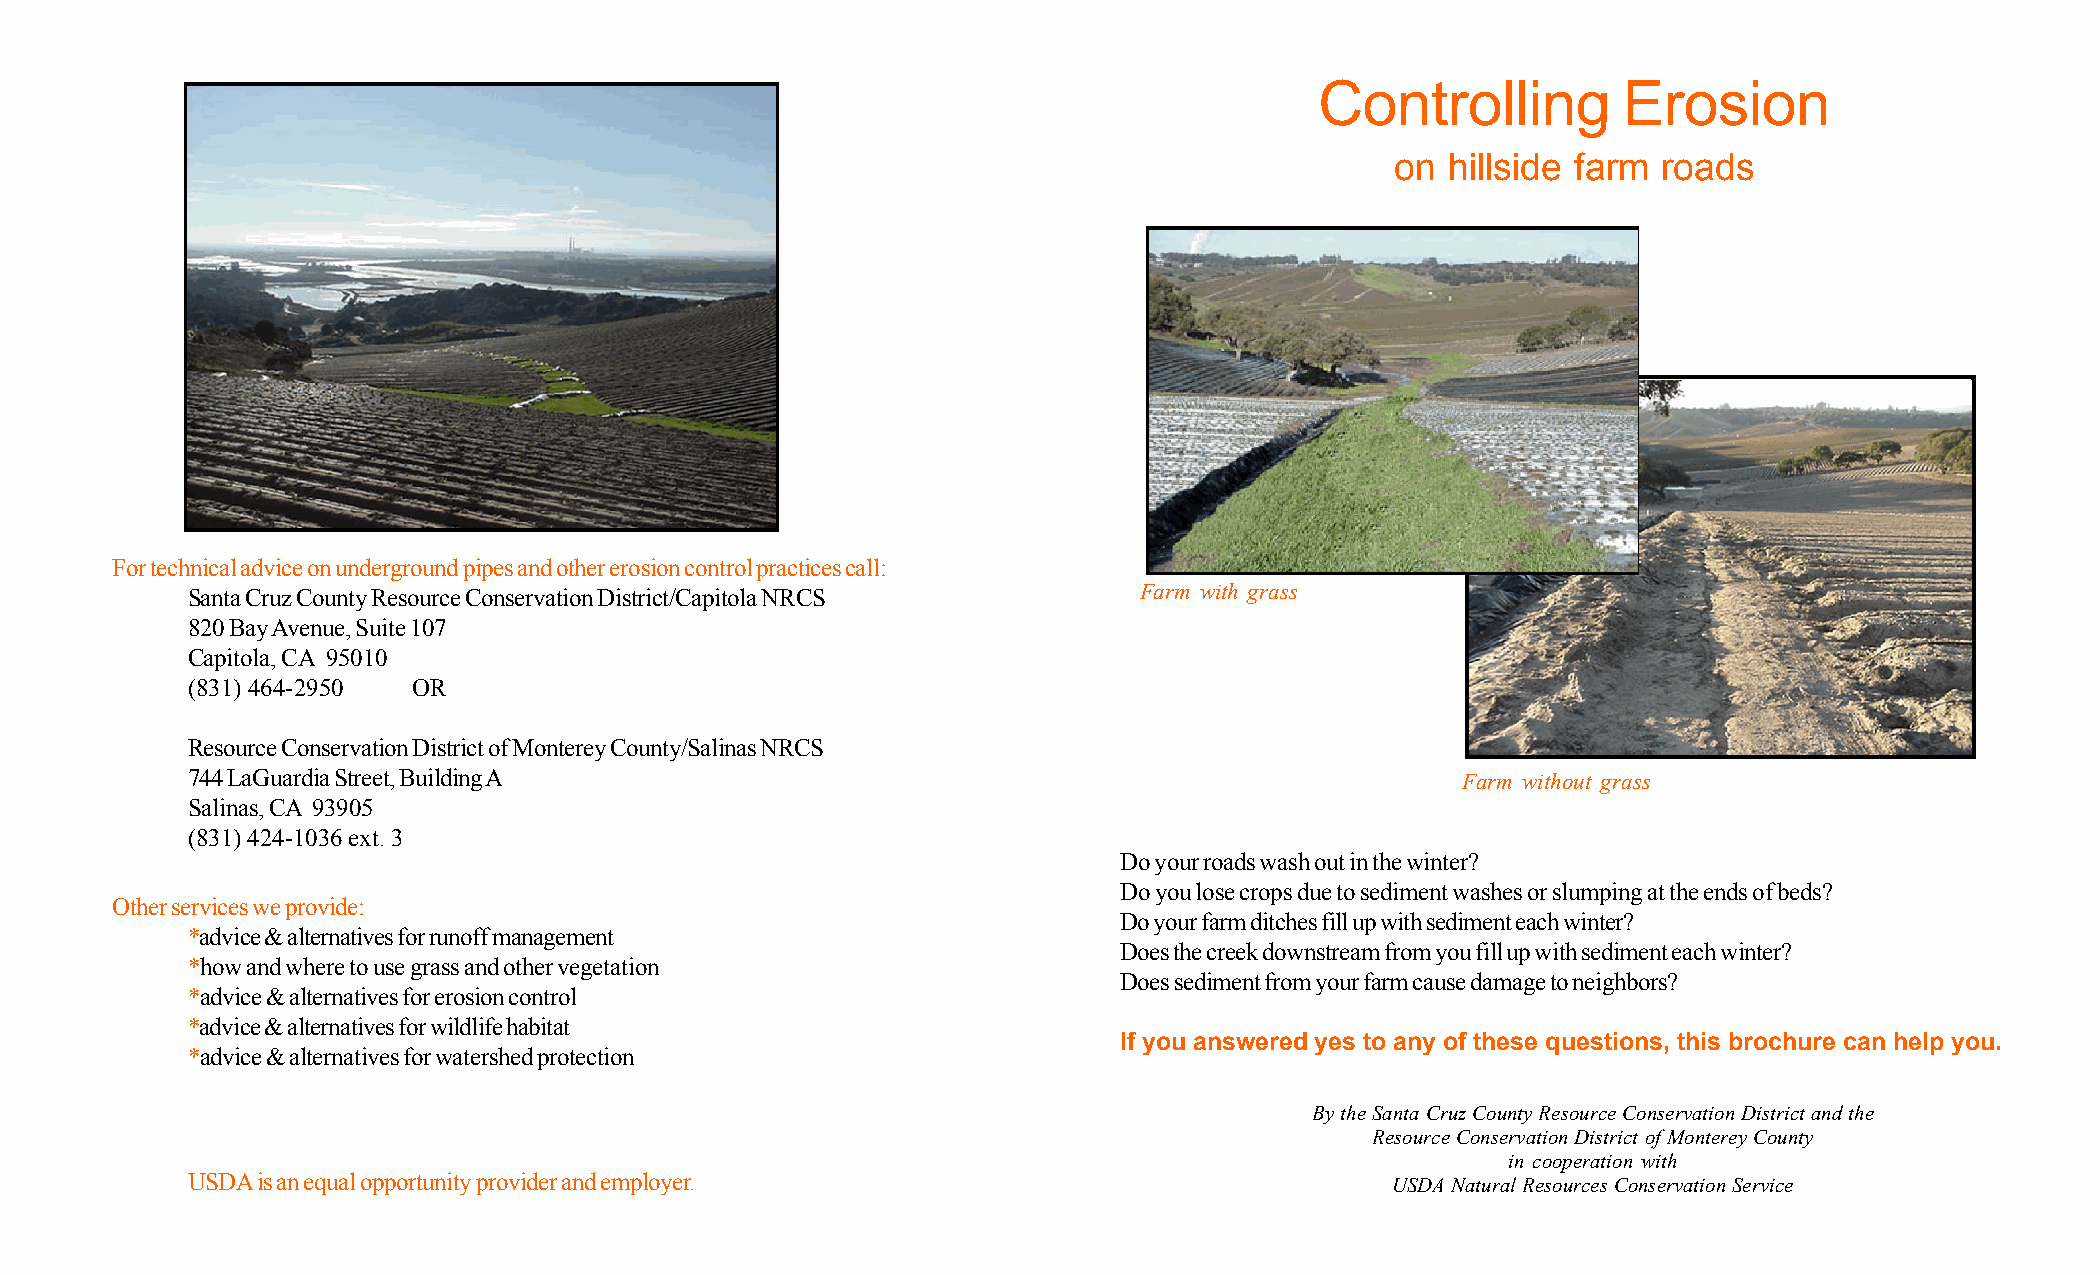
Controlling         Erosion
 on  hillside farm roads
 For technical advice on underground pipes and other erosion control practices call:
 Santa Cruz County Resource Conservation District/Capitola NRCS Farm with grass
 820 Bay Avenue, Suite 107
 Capitola, CA 95010
 (831) 464-2950 OR
 Resource Conservation District of Monterey County/Salinas NRCS
 744 LaGuardia Street, Building A                                                     Farm without grass
 Salinas, CA 93905
 (831) 424-1036 ext. 3
 Do your roads wash out in the winter?
 Do you lose crops due to sediment washes or slumping at the ends of beds?
 Other services we provide:
 Do your farm ditches fill up with sediment each winter?
 *advice & alternatives for runoff management
 Does the creek downstream from you fill up with sediment each winter?
 *how and where to use grass and other vegetation
 Does sediment from your farm cause damage to neighbors?
 *advice & alternatives for erosion control
 *advice & alternatives for wildlife habitat
 If you answered yes to any of these questions, this brochure can help you.
 *advice & alternatives for watershed protection
 By the Santa Cruz County Resource Conservation District and the
 Resource Conservation District of Monterey County
 in cooperation with
 USDA is an equal opportunity provider and employer.                             USDA Natural Resources Conservation Service